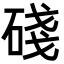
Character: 碊